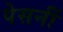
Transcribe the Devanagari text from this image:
पेसनीं